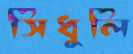
সিঁধুলি